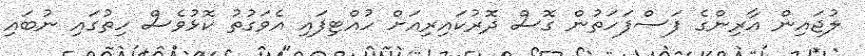
ލުޖައިން އާރިންގެ ފަސްފަހަތުން ގޮސް ދޮރުކައިރިއަށް ހުއްޓިފައި އެވަގުތު ކޮޅުވެސް ހިތުގައި ނުބައި